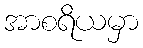
အာစရိယမှာ